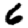
Digit: 6